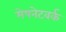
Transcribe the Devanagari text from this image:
मेषनेटवर्क